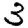
Digit: 3